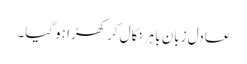
عادل زبان باہر نکال کر کھڑا ہو گیا۔